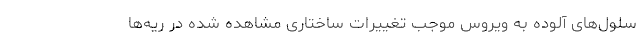
سلول‌های آلوده به ویروس موجب تغییرات ساختاری مشاهده شده در ریه‌ها